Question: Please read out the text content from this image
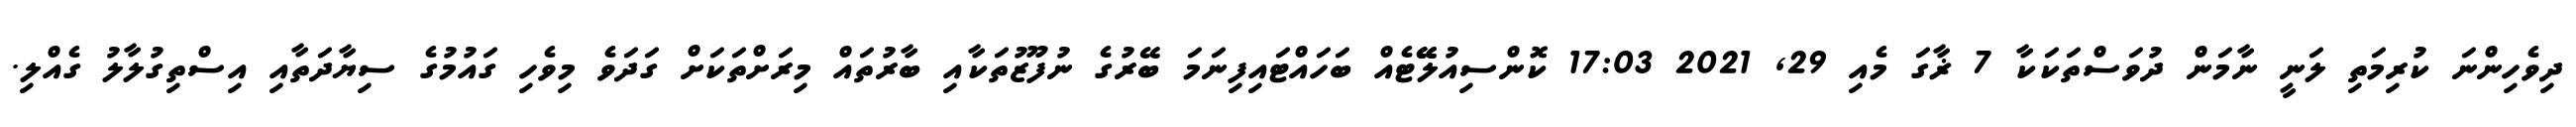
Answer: ދިވެހިންނަ ކުރިމަތި ލަނީ ނާމަން ދުވަސްތަކަކާ 7 ޜާގަ މެއި 29, 2021 17:03 ކޮންސިއުލޭޭޓެއް ބަހައްޓައިފިނަމަ ބޭރުގެ ނުފޫޒުތަކާއި ބާރުތައް މިރަށްތަކަށް ގަދަވެ މިވެހި ގައުމުގެ ސިޔާދަތާއި އިސްތިގުލާލު ގެއްލި.